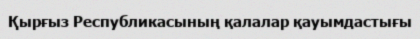
Қырғыз Республикасының қалалар қауымдастығы